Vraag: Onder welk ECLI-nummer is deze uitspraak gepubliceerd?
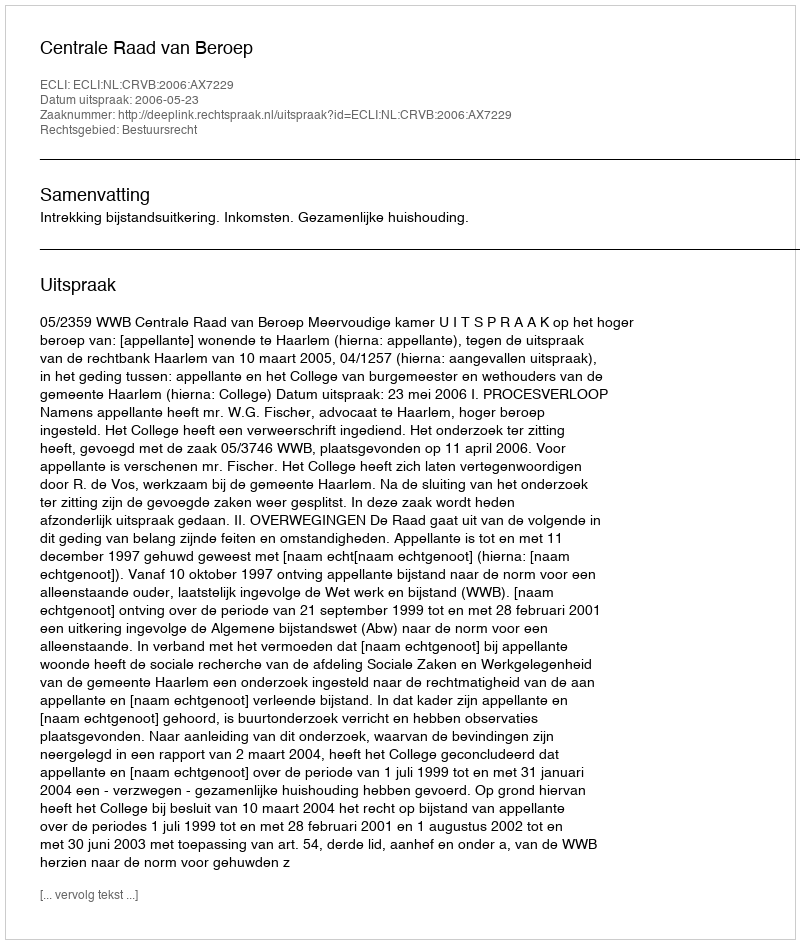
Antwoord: ECLI:NL:CRVB:2006:AX7229